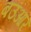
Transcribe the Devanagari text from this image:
बउआर